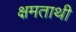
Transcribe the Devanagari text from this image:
क्षमताथी